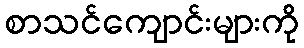
စာသင်ကျောင်းများကို